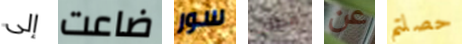
إلى ضاعت سور مطلب عن حصلتم